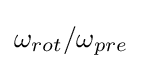
\omega _{rot}/\omega _{pre}